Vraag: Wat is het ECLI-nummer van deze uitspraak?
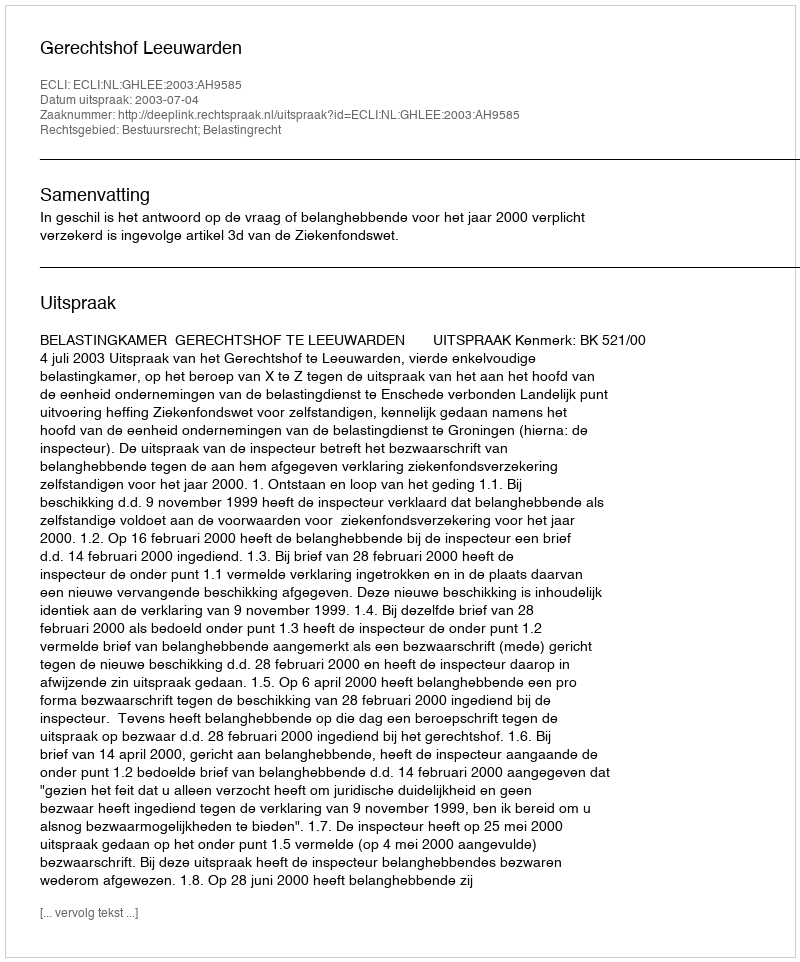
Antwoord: ECLI:NL:GHLEE:2003:AH9585